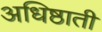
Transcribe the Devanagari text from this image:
अधिष्ठाती